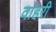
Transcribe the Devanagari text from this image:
वाहरी